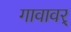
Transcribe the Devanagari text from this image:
गावावर्